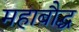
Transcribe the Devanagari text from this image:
महाबौद्ध